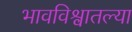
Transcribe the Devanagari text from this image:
भावविश्वातल्या